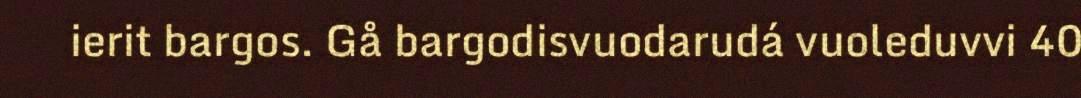
ierit bargos. Gå bargodisvuodarudá vuoleduvvi 40